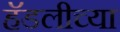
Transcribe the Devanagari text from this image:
हॅडलीच्या